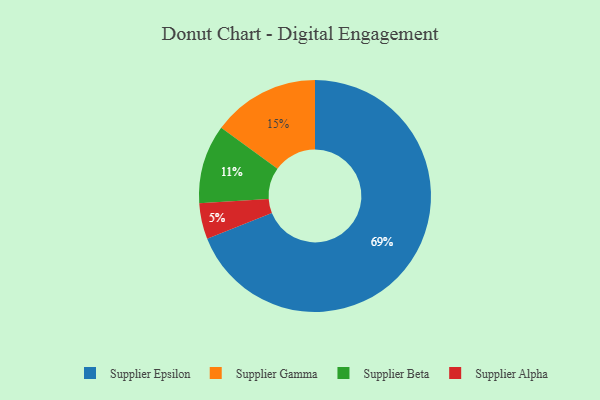
{"axis": {"x": "Category", "y": "Percentage"}, "legend": ["Supplier Alpha", "Supplier Beta", "Supplier Epsilon", "Supplier Gamma"], "data": [{"x": "Supplier Alpha", "y": 5, "type": "Supplier Alpha"}, {"x": "Supplier Beta", "y": 11, "type": "Supplier Beta"}, {"x": "Supplier Gamma", "y": 15, "type": "Supplier Gamma"}, {"x": "Supplier Epsilon", "y": 69, "type": "Supplier Epsilon"}]}